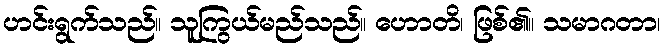
ဟင်းရွက်သည်။ သူကြွယ်မည်သည်။ ဟောတိ၊ ဖြစ်၏။ သမာဂတာ၊